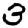
Digit: 3